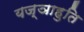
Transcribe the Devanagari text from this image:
यज्ञाहुति